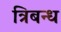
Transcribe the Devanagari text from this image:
त्रिबन्ध